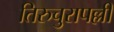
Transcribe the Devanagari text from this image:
तिरुचुरापल्ली